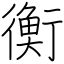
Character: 衡